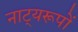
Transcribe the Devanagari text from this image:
नाट्यरूपों